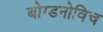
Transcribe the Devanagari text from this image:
बोग्डनोविच